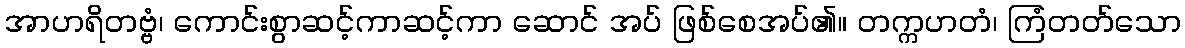
အာဟရိတဗ္ဗံ၊ ကောင်းစွာဆင့်ကာဆင့်ကာ ဆောင် အပ် ဖြစ်စေအပ်၏။ တက္ကဟတံ၊ ကြံတတ်သော